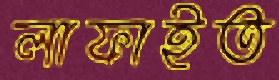
লাফাইত